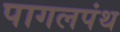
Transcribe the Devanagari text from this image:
पागलपंथ